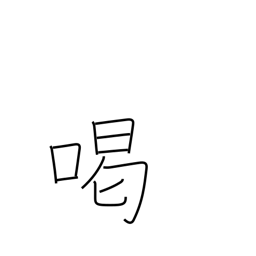
Meaning: scold